Vital statistics of India. Vol. IV, Annual returns from 1871 to 1876. British Army of India, Native Army and jails of Bengal
Year: 1871
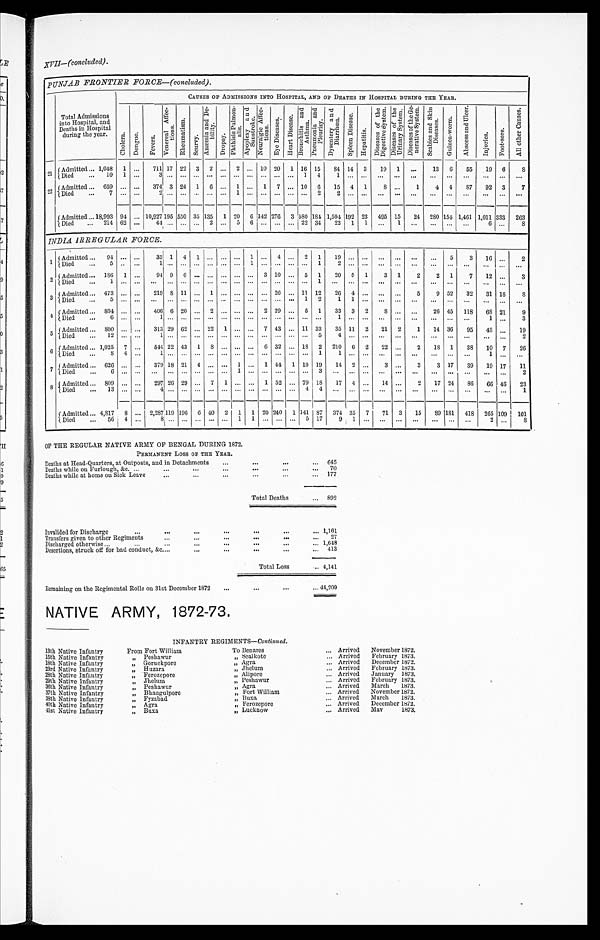
XVII—(concluded).
PUNJAB FRONTIER FORCE—(concluded).
Total Admissions
into Hospital, and
Deaths in Hospital
d u r in g t h e
year.
CAUSES OF ADMISSIONS INTO HOSPITAL, AND OF DEATHS IN HOSPITAL DURING THE YEAR.
C h o l e r a . D e n g u e .
F e v e r s .
V e n e r e a l A f f e c - t i o n s .
R h e u m a t i s m .
S c u r v y .
A n æ m i a a n d D e - b i l i t y .
D r o p s y .
P h t h i s i s P u l m o n - a l i s .
A p o p l e x y a n d S u n s t r o k e .
N e u r a l g i c A f f e c - t i o n s .
E y e D i s e a s e s . He a r t Di s e a s e .
B r o n c h i t i s a n d A s t h m a . P n e u m o n i a a n d P l e u r i s y . D y s e n t e r y a n d D i a r r h œa .
S p l e e n D i s e a s e .
H e p a t i t i s .
D i s e a s e s o f t h e D i g e s t i v e S y s t e m . D i s e a s e s o f t h e U r i n a r y S y s t e m.
D i s e a s e s o f t h e G e - n e r a t i v e S y s t e m . S c a b i e s a n d S k i n D i s e a s e s . S e a b i e s a n d S k i n D i s e a s e s . .
G u i n e a - w o r m .
A b s c e s s a n d U l c e r .
I n j u r i e s .
F o o t - s o r e .
A l l o t h e r C a u s e s .
21
Admitted . . . 1,048 1
. . .
711 17 22 3
2
. . . 2 . . . 10 20
1 16 15
84 14
3
19
1
. . .
13
6
55
19
6
8
Di ed . . .
10
1
. . .
3
. . .. . .
. . .
. . .
. . . . . .. . .
. . .
. . .. . .
1 4
1
. . .
. . .
. . .
. . .
. . .
. . .
. . .
. . .
. . .
. . .
. . .
2 2 Admitted . . . 659
. . .
. . .
374 3 24 1
6
. . . 1 . . . 1
7 . . . 10
6
15
4
1
8 . . .
1
4
4
8 7
92
3
7
Died . . .
7
. . .
. . .
2
. . .. . .
. . . . . .
. . . 1 . . .
. . .
. . .. . .
. . . 2
2
. . .
. . .
. . .
. . .
. . .
. . .
. . .
. . .
. . .
. . .
. . .
Admitted . . . 18,993 94
. . . 10,927 195 550 35 135
1
20
6 142 276
3
5 8 0 184 1,594 192 23
495 15
24
280 154 1,461 1,011 333
263
Died . . . 214 62
. . .
44
. . .
. . .
. . . 2
. . . 5
6
. . .
. . . . . .
2 2 34
22
1
1
. . .
1
. . .
. . .
. . .
. . .
6
. . .
8
INDIA IRREGULAR FORCE.
1 A dmitted . . .
94
. . .
. . .
3 5
1 4
1
. . .
. . . . . .
1
. . .
4
. . .
2 1
1 9
. . .
. . .
. . .
. . . . . .
. . .
5
3
16 . . .
2
Died . . .
5
. . .
. . .
1
. . .. . .
. . .
. . .
. . . . . .
1
. . .
. . .
. . .
. . .1
2
. . .
. . .
. . .
. . .
. . .
. . .
. . .
. . .
. . .. . .
. . .
2 Admitted . . . 186
1
. . .
94 9
6
. . .
. . .
. . .
. . . . . . 3 10
. . . 5
1
20
5
1
3
1
2
2
1
7
12 . . .
3
D i e d . . .
1
. . .
. . .
. . .
. . . . . .
. . .
. . .
. . . . . .. . .
. . .
. . .
. . .
. . . 1
. . .
. . .
. . .
. . .
. . .
. . .
. . .
. . .
. . .
. . . . . .
. . .
3 Admitted . . . 473
. . .
. . .
219 8 11
. . .
1
. . .
. . . . . .
. . . 26
. . . 11 12
26
4
. . .
. . .
. . .
5
9 52
32
31 18
8
D ied . . .
5
. . .
. . .
. . .
. . . . . .
. . .
. . .
. . .
. . . . . .
. . .
. . .
. . . 1
2
1
1
. . .
. . .
. . .
. . .
. . .
. . .
. . .
. . . . . .
. . .
4 Admitted . . .
8 0 4
. . .
. . .
406 6 20
. . .
2
. . .
. . . . . .
2 29
. . . 5
1
33
3
2
8
. . .
. . .
26 45
118
68 21
9
Died . . .
6
. . .
. . .
1
. . .. . .
. . .
. . .
. . .. . . . . .
. . .
. . .
. . .
. . . . . .
1
. . .
. . .
. . .
. . . . . .
. . .
. . .
. . .
1 . . .
3
5
A d m i t t e d . . . 800
. . .
. . .
313 29 62
. . . 22
1
. . . . . . 7 43
. . . 11 33
35 11
2
21
2
1
14 36
95
43 . . .
19
Died . . .
12
. . .
. . .
1
. . .. . .
. . .
. . .
. . . . . .. . .
. . .
. . .
. . .
. . .5
4
. . .
. . .
. . .
. . .
. . .
. . .
. . .
. . .
. . .. . .
2
6
Admitted . . . 1,025
7
. . .
544 22 43
1
8
. . .
. . . . . .
6 32
. . . 18
2
210
6
2
22
. . .
2
18
1
38
10 7
26
Died . . .
8
4
. . .
1
. . .. . .
. . .
. . .
. . .. . . . . .
. . .
. . .
. . .
. . . 1
1
. . .
. . .
. . .
. . .
. . .
. . .
. . .
. . .
1 . . .
. . .
7 Admitted . . . 626
. . .
. . .
379 18 21
4
. . .
. . . 1 . . . 1 44
1 10 19
14
2
. . .
3
. . .
3
3 17
39
19 17
11
D i e d . . .
6
. . .
. . .
. . .
. . .. . .
. . .
. . .
. . . 1 . . .
. . .
. . .
. . .
. . .3
. . .
. . .
. . .
. . .
. . .
. . .
. . .
. . .
. . .
. . . . . .
2
8
Admitted . . . 809
. . .
. . .
297 26 29
. . .
7
1
. . . . . . 1 52
. . . 79 18
17
4
. . .
14
. . .
2
17 24
86
66 46
23
Died . . .
13
. . .
. . .
4
. . .. . .
. . .
. . .
. . .
. . . . . .
. . .
. . .
. . .
4 4
. . .
. . .
. . .
. . .
. . .
. . .
. . .
. . .
. . .
. . .. . .
1
Admitted . . . 4,817
8
. . . 2,287 119 196
6 40
2
1
1 20 240
1 141 87
374 35
7
71
3
15
8 9 181
418
265 109
101
Died . . .
56
4
. . .
8 . . . . . .
. . .
. . .
. . .1
1
. . .
. . .
. . .
5 17
9
1
. . .
. . .
. . .
. . .
. . .
. . . . . .
2 . . .
8
OF THE REGULAR NATIVE ARMY OF BENGAL DURING 1872.
PERMANENT LOSS OF THE YEAR.
Deaths at Head-Quarters, at Outposts, and in Detachments . . .
645
Deaths while on Furlough, &.c.
.
.
.
70
Deaths while at home on Sick Leave
.
.
.
177
Total Deaths . . .
892
Invalided for Discharge . . .
1,161
Transfers given to other Regiments . . .
27
Discharged otherwise . . . 1,648
Desertions, struck off for bad conduct, &c. . . .
413
Total Loss . . . 4,141
Remaining on the Regimental Rolls on 31st December 1872 . . . 44,209
NATIVE ARMY, 1872-73.
INFANTRY REGIMENTS—Continued.
13th Native Infantry
From Fort William
To Benares . . . Arrived
November 1872.
15th Native Infantry
" Peshawur
" Sealkote . . . Arrived
February 1873.
18th Native Infantry
" Goruckpore
" Agra . . . Arrived
December 1872.
23rd Native Infantry
" Huzara
" Jhelum . . . Arrived
February 1873.
28th Native Infantry
" Ferozepore
" Alipore . . . Arrived
January 1873.
29th Native Infantry
" Jhelum
" Peshawur . . . Arrived
February 1873.
36th Native Infantry
" Peshawur
" Agra . . . Arrived
March 1873.
37th Native Infantry
" Bhaugulpore
" Fort William . . . Arrived
November 1872.
38th Native Infantry
" Fyzabad.
"
B u x a . . . Arrived
March 1873.
40th Native Infantry
" Agra
" Ferozepore . . . Arrived
December 1872.
41stN a t i v e I n f a n t r y
" Buxa
" Lucknow . . . Arrived
May 1873.